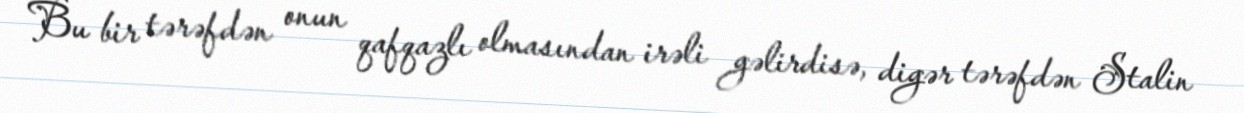
Bu bir tərəfdən onun qafqazlı olmasından irəli gəlirdisə, digər tərəfdən Stalin